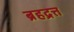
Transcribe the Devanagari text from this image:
ब्रहद्रत्त